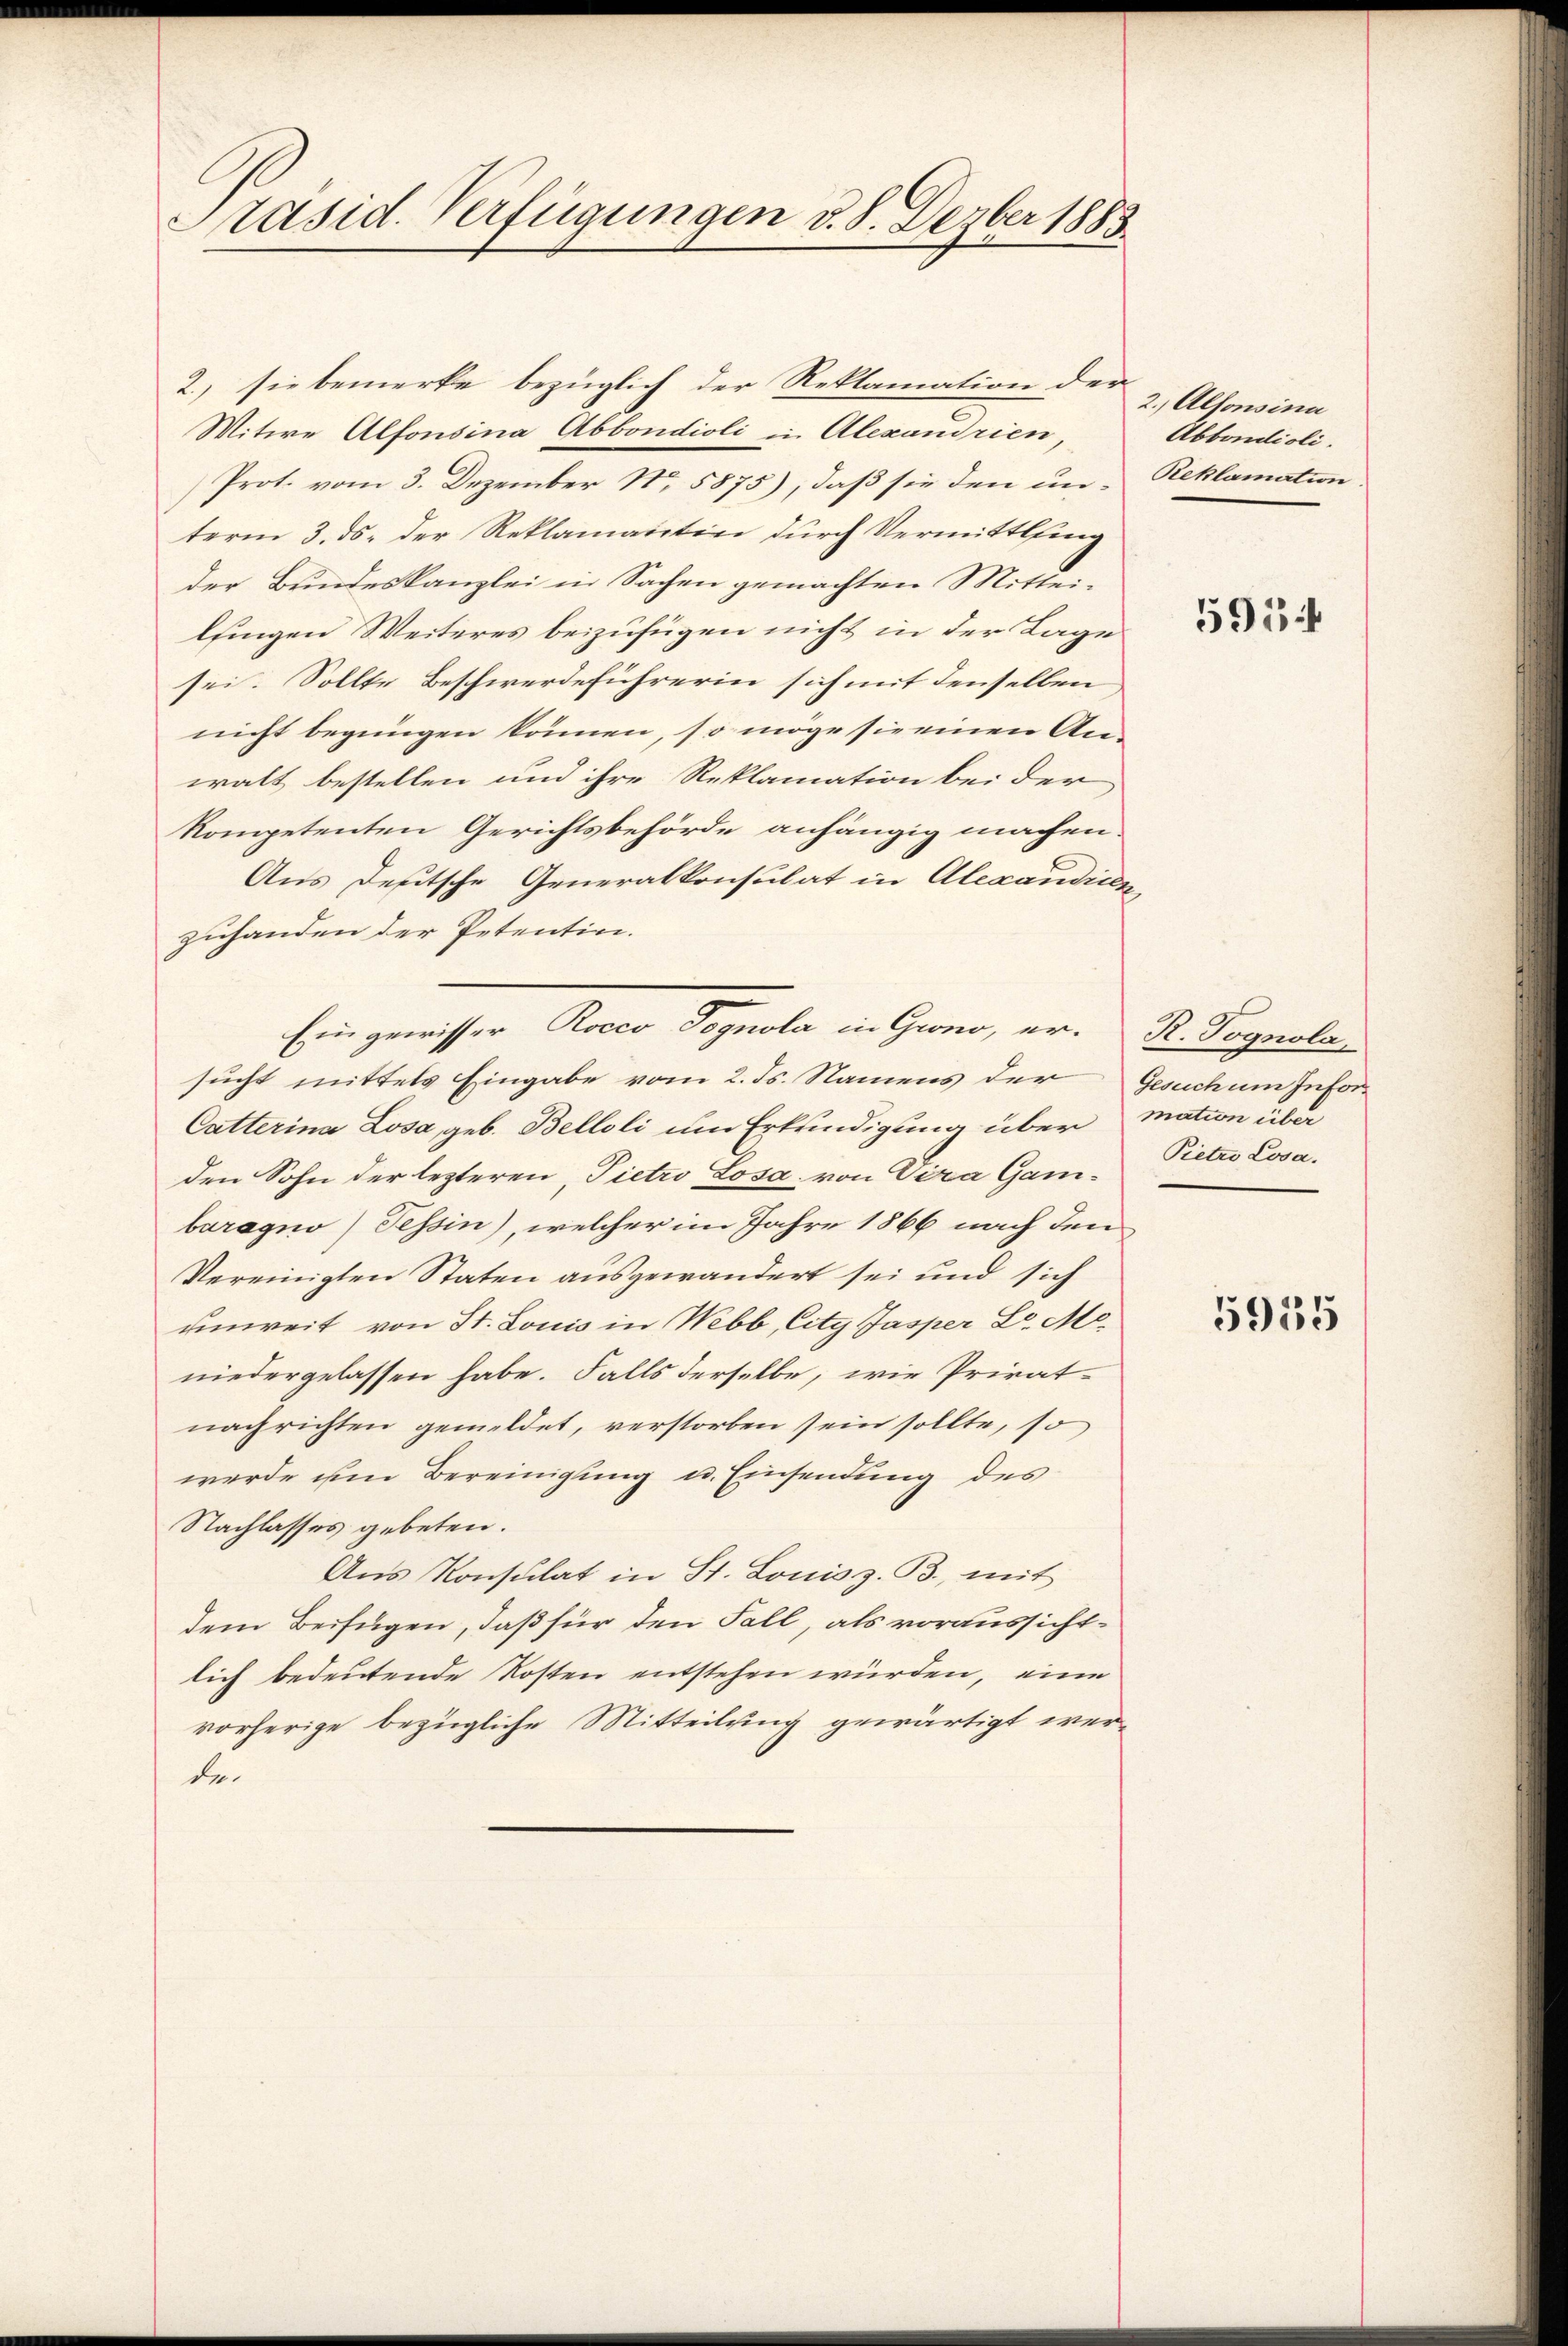
Präsid. Verfügungen d. 8. Dezber 1883.

2.), sie bemerke bezüglich der Reklamation der
Mitwe Alfonsina Abbondioli in Alexandrien,
Prot. vom 3. Dezember Nr. 5875), daß sie den unterm 3. ds. der Reklamantin durch Vermittling
der Bundeskanzlei in Sachen gemachten Mitteilsingen Weiteres beizufügen nicht in der Lage
sei. Sollte Beschwerdeführerin sich mit denselben
nicht begingen können, so möge sie einen An-
walt bestellen und ihre Reklamation bei der
kompetenten Gerichtsbehörde anhängig machen.
Aus deutsche Generalkonsulat in Alexaudicen
zuhanden der Petention.
sucht mittels Eingabe vom 2. ds. Namens der Gesuch um Infor-
Catterina Losa, geb. Belloli um Erkundigung über mation über
den Sohn der lezteren, Pietro Losa, von Vira Gambaragno) Tessin), welcher im Jahre 1866 nach den
Vereinigten Staten ausgewandert sei und sich
unweit von St. Louis in Nebb, City Jasper Dr. Moniedergelassen habe. Falls derselbe, wie Privatnachrichten gemeldet, verstorben sein sollte, so
werde im Bereinigung u. Einsendung des
Nachlasses gebeten.
Aus Konsulat in St. Louis z. B., mit
dem Beifügen, daß für den Fall, als voraussichtlich bedeutende Kosten entstehen würden, eine
vorherige bezügliche Mitteilung gewärtigt werde

Ein gewisser Rocco Pognola in Geno, er- R. Pognola-

2.) Alfonsina
Abbondioli.
Reklamation.

5954

Pietro Losa.

5955